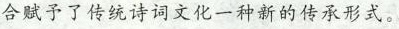
合赋予了传统诗词文化一种新的传承形式。